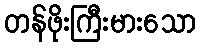
တန်ဖိုးကြီးမားသော